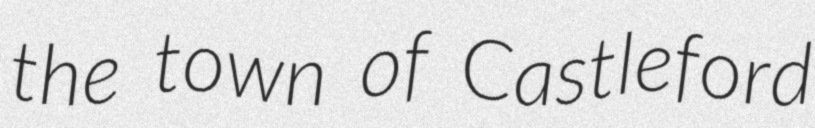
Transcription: the town of Castleford